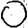
Digit: 0